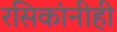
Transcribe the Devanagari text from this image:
रसिकांनीही